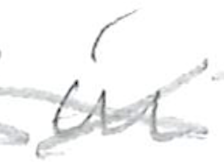
Text: in
Cross-out: cross
Writing tool: pencil